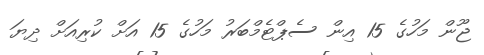
ޖޫން މަހުގެ 15 އިން ސެޕްޓެމްބަރު މަހުގެ 15 އަށް ކުރިއަށް ދިޔަ